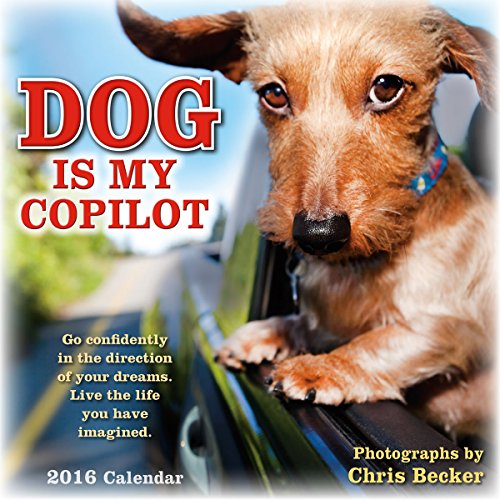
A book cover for Dog is My Copilot 2016 Wall Calendar; Chris Becker; Calendars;